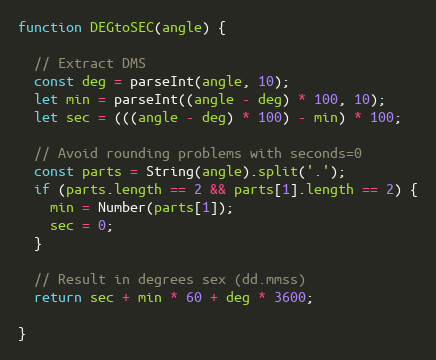
Language: JavaScript
function DEGtoSEC(angle) {

  // Extract DMS
  const deg = parseInt(angle, 10);
  let min = parseInt((angle - deg) * 100, 10);
  let sec = (((angle - deg) * 100) - min) * 100;

  // Avoid rounding problems with seconds=0
  const parts = String(angle).split('.');
  if (parts.length == 2 && parts[1].length == 2) {
    min = Number(parts[1]);
    sec = 0;
  }

  // Result in degrees sex (dd.mmss)
  return sec + min * 60 + deg * 3600;

}